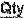
QTY